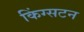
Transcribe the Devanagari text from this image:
किंग्‍सटन